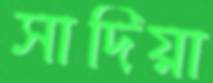
সাদিয়া